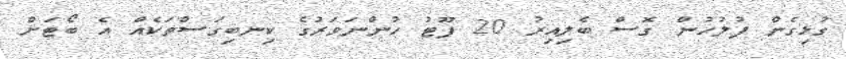
ގުޅިގެން ފުލުހުން ގޮސް ބެލިއިރު 20 ފޫޓު ހުންނަވަރުގެ ކިނބިގަސްތަކެއް އެ ބޯޓަށް